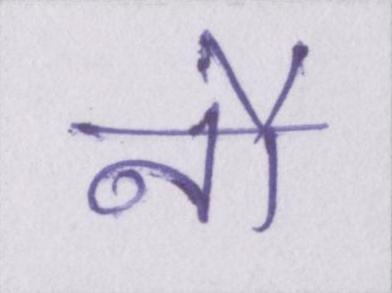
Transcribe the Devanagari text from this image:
नौ